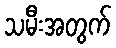
သမီးအတွက်